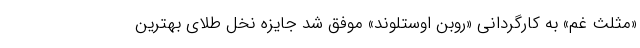
«مثلث غم» به کارگردانی «روبن اوستلوند» موفق شد جایزه نخل طلای بهترین